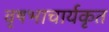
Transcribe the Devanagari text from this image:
वृषभाचार्यकृत